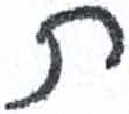
אות: ת